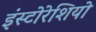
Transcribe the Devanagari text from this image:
इंस्टोरेशियो